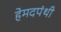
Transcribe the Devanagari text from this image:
हेमदपंथी